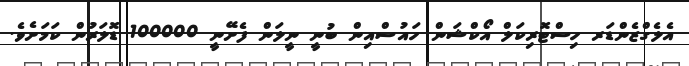
އެލެގްޒެންޑަރ ހިސްޓޮރިކަލް އޯކްޝަން ހައުސްއިން ބުނީ ނީލަން ފެށޭނީ 100000 ޑޮލަރުން ކަމަށެވެ.